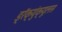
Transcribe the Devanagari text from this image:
ड्रॅक्युंक्यूलस